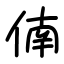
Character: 㑲